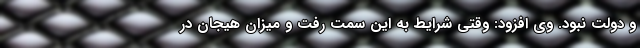
و دولت نبود. وی افزود: وقتی شرایط به این سمت رفت و میزان هیجان در